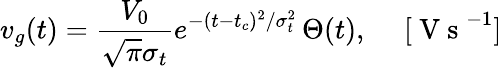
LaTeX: v_{g}(t)=\frac{V_{0}}{\sqrt{\pi}\sigma_{t}}e^{-(t-t_{c})^{2}/\sigma_{t}^{2}}\, \Theta(t),\quad\mathrm{~[~V~s~}^{-1}]